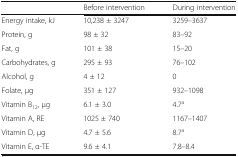
<table><thead><tr><td>[EMPTY_CELL]</td><td><b>Before intervention</b></td><td><b>During intervention</b></td></tr></thead><tbody><tr><td>Energy intake, kJ</td><td>10,238 ± 3247</td><td>3259–3637</td></tr><tr><td>Protein, g</td><td>98 ± 32</td><td>83–92</td></tr><tr><td>Fat, g</td><td>101 ± 38</td><td>15–20</td></tr><tr><td>Carbohydrates, g</td><td>295 ± 93</td><td>76–102</td></tr><tr><td>Alcohol, g</td><td>4 ± 12</td><td>0</td></tr><tr><td>Folate, μg</td><td>351 ± 127</td><td>932–1098</td></tr><tr><td>Vitamin B<sub>12</sub>, μg</td><td>6.1 ± 3.0</td><td>4.7<sup>a</sup></td></tr><tr><td>Vitamin A, RE</td><td>1025 ± 740</td><td>1167–1407</td></tr><tr><td>Vitamin D, μg</td><td>4.7 ± 5.6</td><td>8.7<sup>a</sup></td></tr><tr><td>Vitamin E, α-TE</td><td>9.6 ± 4.1</td><td>7.8–8.4</td></tr></tbody></table>